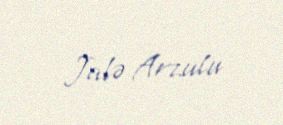
Jalə Arzulu